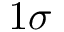
1 \sigma